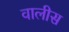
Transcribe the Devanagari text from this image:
वालीस